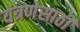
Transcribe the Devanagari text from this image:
यंत्रणेसाठी